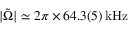
| \tilde { \Omega } | \simeq 2 \pi \times 6 4 . 3 ( 5 ) \, \mathrm { k H z }